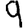
Digit: 9